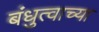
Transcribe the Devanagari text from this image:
बंधुत्वाच्या